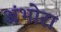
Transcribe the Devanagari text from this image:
अंभोरा